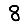
Digit: 8